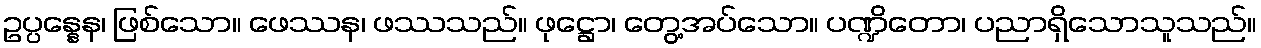
ဥပ္ပန္နေန၊ ဖြစ်သော။ ဖေဿန၊ ဖဿသည်။ ဖုဋ္ဌော၊ တွေ့အပ်သော။ ပဏ္ဍိတော၊ ပညာရှိသောသူသည်။